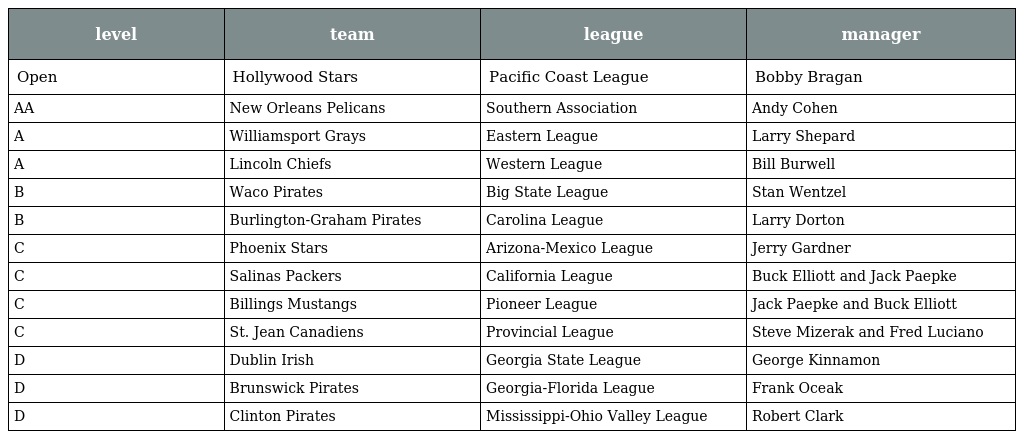
| level | team | league | manager |
 | --- | --- | --- | --- |
 | Open | Hollywood Stars | Pacific Coast League | Bobby Bragan |
 | AA | New Orleans Pelicans | Southern Association | Andy Cohen |
 | A | Williamsport Grays | Eastern League | Larry Shepard |
 | A | Lincoln Chiefs | Western League | Bill Burwell |
 | B | Waco Pirates | Big State League | Stan Wentzel |
 | B | Burlington-Graham Pirates | Carolina League | Larry Dorton |
 | C | Phoenix Stars | Arizona-Mexico League | Jerry Gardner |
 | C | Salinas Packers | California League | Buck Elliott and Jack Paepke |
 | C | Billings Mustangs | Pioneer League | Jack Paepke and Buck Elliott |
 | C | St. Jean Canadiens | Provincial League | Steve Mizerak and Fred Luciano |
 | D | Dublin Irish | Georgia State League | George Kinnamon |
 | D | Brunswick Pirates | Georgia-Florida League | Frank Oceak |
 | D | Clinton Pirates | Mississippi-Ohio Valley League | Robert Clark |